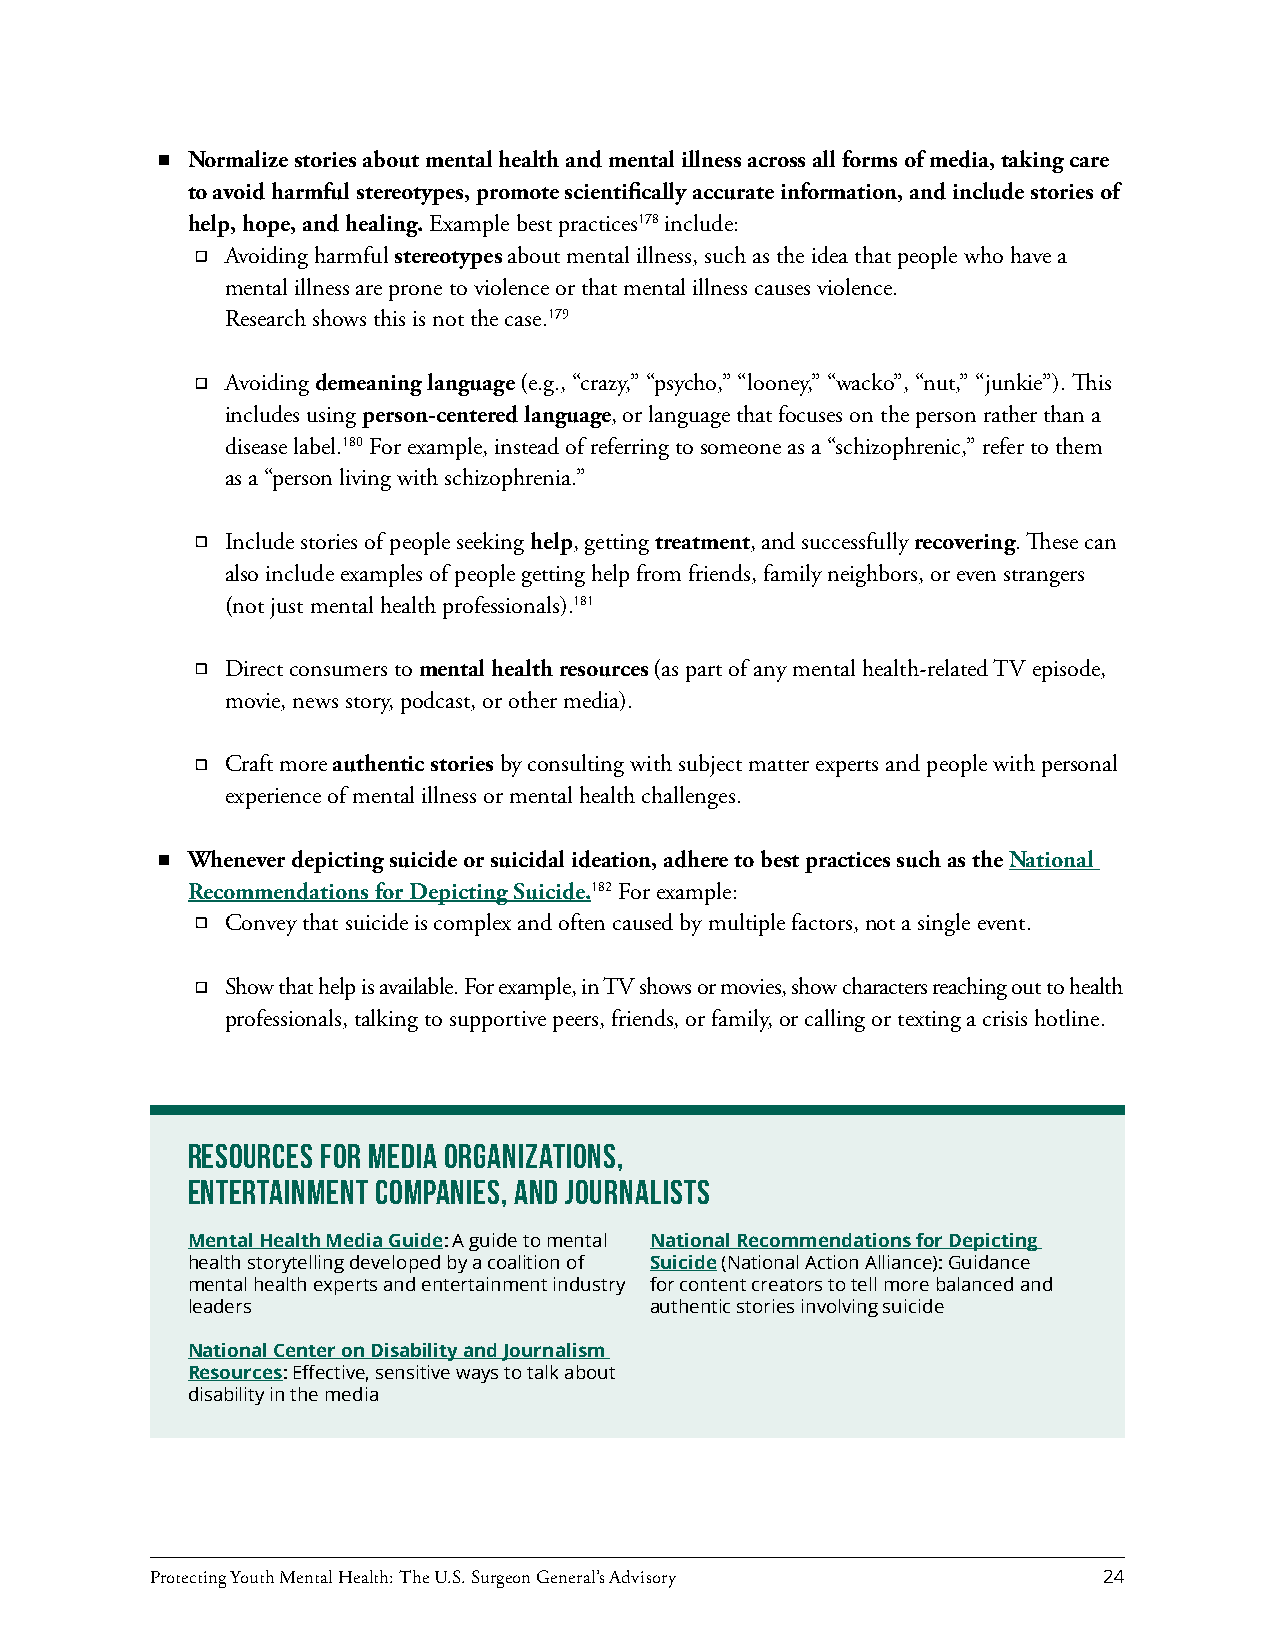
Normalize stories about mental health and mental illness across all forms of media, taking care
 to avoid harmful stereotypes, promote scientifically accurate information, and include stories of
 help, hope, and healing. Example best practices178 include:
 Avoiding harmful stereotypes about mental illness, such as the idea that people who have a
 mental illness are prone to violence or that mental illness causes violence.
 Research shows this is not the case.179
 Avoiding demeaning language (e.g., “crazy,” “psycho,” “looney,” “wacko”, “nut,” “junkie”). This
 includes using person-centered language, or language that focuses on the person rather than a
 disease label.180 For example, instead of referring to someone as a “schizophrenic,” refer to them
 as a “person living with schizophrenia.”
 Include stories of people seeking help, getting treatment, and successfully recovering. These can
 also include examples of people getting help from friends, family neighbors, or even strangers
 (not just mental health professionals).181
 Direct consumers to mental health resources (as part of any mental health-related TV episode,
 movie, news story, podcast, or other media).
 Craft more authentic stories by consulting with subject matter experts and people with personal
 experience of mental illness or mental health challenges.
 Whenever depicting suicide or suicidal ideation, adhere to best practices such as the National
 Recommendations for Depicting Suicide.182 For example:
 Convey that suicide is complex and often caused by multiple factors, not a single event.
 Show that help is available. For example, in TV shows or movies, show characters reaching out to health
 professionals, talking to supportive peers, friends, or family, or calling or texting a crisis hotline.
 Resources for Media Organizations,
 Entertainment Companies, and Journalists
 Mental Health Media Guide: A guide to mental National Recommendations for Depicting
 health storytelling developed by a coalition of Suicide (National Action Alliance): Guidance
 mental health experts and entertainment industry for content creators to tell more balanced and
 leaders                        authentic stories involving suicide
 National Center on Disability and Journalism
 Resources: Effective, sensitive ways to talk about
 disability in the media
 Protecting Youth Mental Health: The U.S. Surgeon General’s Advisory 24